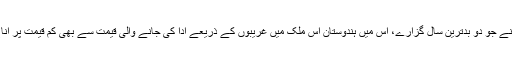
بدقسمتی سے، ان لوگوں نے جو دو بدترین سال گزارے، اس میں ہندوستان اِس ملک میں غریبوں کے ذریعے ادا کی جانے والی قیمت سے بھی کم قیمت پر اناج ایکسپورٹ کر رہا تھا۔